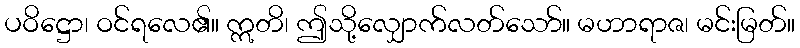
ပဝိဋ္ဌော၊ ဝင်ရလေ၏။ ဣတိ၊ ဤသို့လျှောက်လတ်သော်။ မဟာရာဇ၊ မင်းမြတ်။